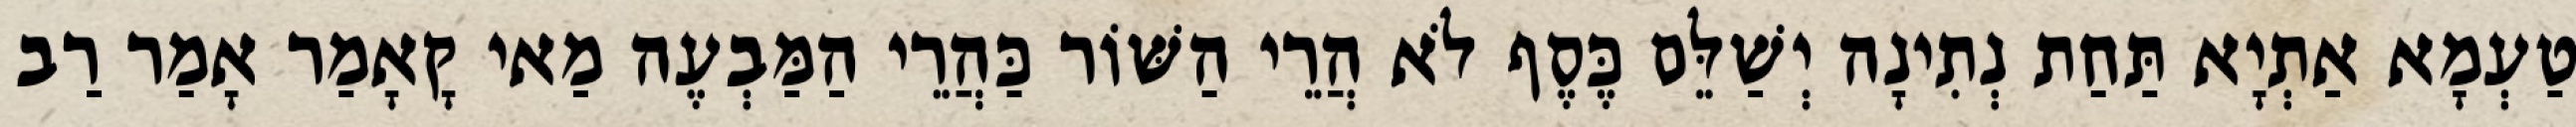
טַעְמָא אַתְיָא תַּחַת נְתִינָה יְשַׁלֵּם כֶּסֶף לֹא הֲרֵי הַשּׁוֹר כַּהֲרֵי הַמַּבְעֶה מַאי קָאָמַר אָמַר רַב